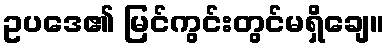
ဥပဒေ၏ မြင်ကွင်းတွင်မရှိချေ။